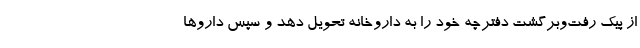
از پیک رفت‌و‌برگشت دفترچه خود را به داروخانه تحویل دهد و سپس داروها